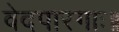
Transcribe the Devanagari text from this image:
वेदपारगाः॥